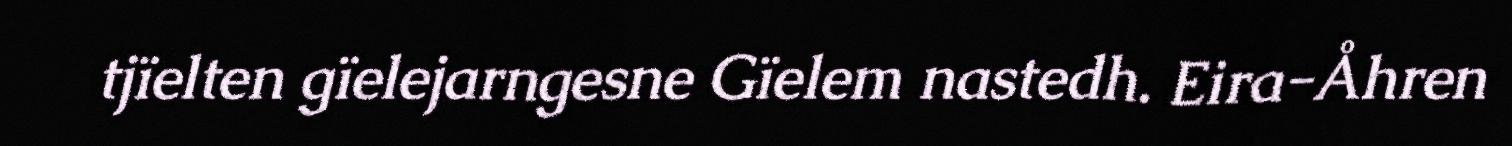
tjïelten gïelejarngesne Gïelem nastedh. Eira-Åhren